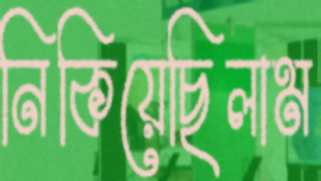
নিকিয়েছিলাম